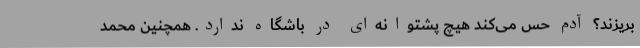
بریزند؟ آدم حس می‌کند هیچ پشتوانه‌ای در باشگاه ندارد. همچنین محمد